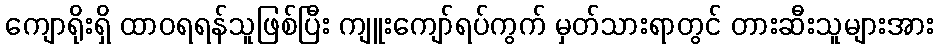
ကျောရိုးရှိ ထာဝရရန်သူဖြစ်ပြီး ကျူးကျော်ရပ်ကွက် မှတ်သားရာတွင် တားဆီးသူများအား